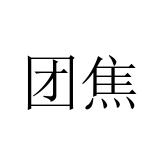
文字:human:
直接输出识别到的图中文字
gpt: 团焦